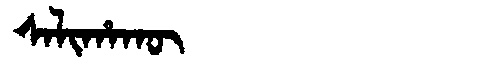
Manchu: ᠰᠠᠯᡳᡥᠠᡴᡡ
Romanization: SALIHAKŪ